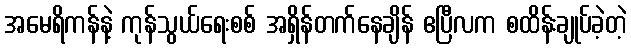
အမေရိကန်နဲ့ ကုန်သွယ်ရေးစစ် အရှိန်တက်နေချိန် ဧပြီလက စထိန်းချုပ်ခဲ့တဲ့